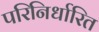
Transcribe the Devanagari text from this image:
परिनिर्धारित